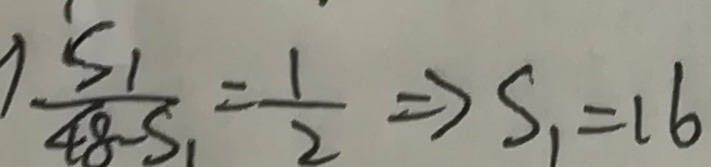
\frac { S _ { 1 } } { 4 8 - S _ { 1 } } = \frac { 1 } { 2 } \Rightarrow S _ { 1 } = 1 6